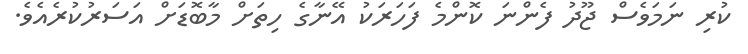
ކުރި ނަމަވެސް ޖޫދު ފެންނަ ކޮންމެ ފަހަރަކު އޭނާގެ ހިތަށް މާބޮޑަށް އަސަރުކުރެއެވެ.